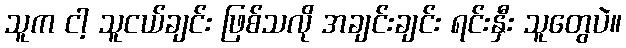
သူက ငါ့ သူငယ်ချင်း ဖြစ်သလို အချင်းချင်း ရင်းနှီး သူတွေပဲ။